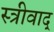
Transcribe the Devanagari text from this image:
स्त्रीवाद्